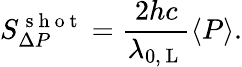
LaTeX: S_{\Delta P}^{\mathrm{~s~h~o~t~}}=\frac{2hc}{\lambda_{0,\mathrm{~L~}}}\left<P\right>.